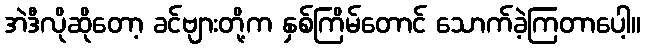
အဲဒီလိုဆိုတော့ ခင်ဗျားတို့က နှစ်ကြိမ်တောင် သောက်ခဲ့ကြတာပေါ့။